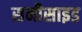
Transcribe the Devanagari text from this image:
सनीसाइड